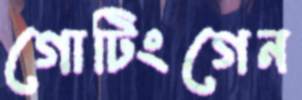
গোটিংগেন